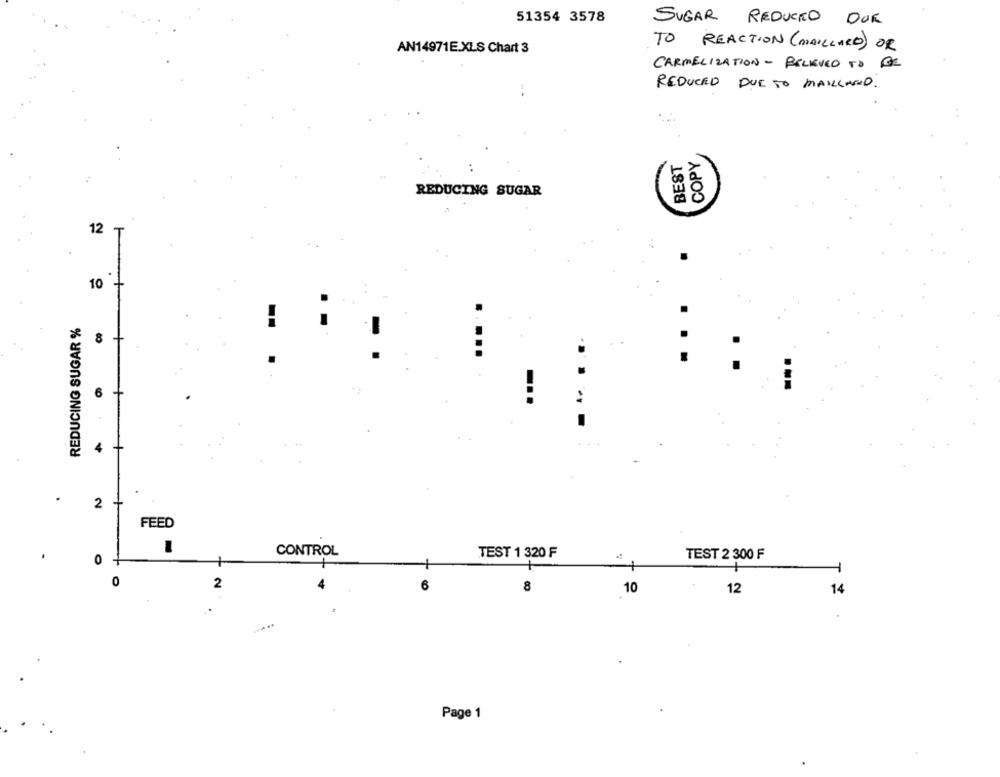
51354 3578
SUGAR REDUCED DUR
AN14971E.XLS Chart 3
TO REACTION (MAILLARD) OR
CARMELIZATION - BELIEVED TO BE
REDUCED DUE TO MAILLARD.
BEST
COPY
REDUCING SUGAR
12 T
10
10 +
REDUCING SUGAR %
8
--
6
+
4
2
+
FEED
CONTROL
.
TEST 1 320 F
TEST 2 300 F
0 +
0
2
6
8
10
12
14
Page 1